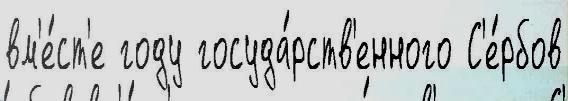
вм'е́ст'е году госуда́рств'енного С'е́рбов